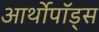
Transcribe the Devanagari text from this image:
आर्थोपॉड्स